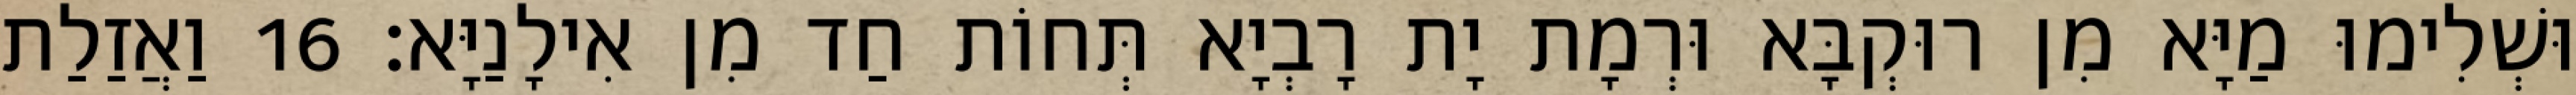
וּשְׁלִימוּ מַיָּא מִן רוּקְבָּא וּרְמָת יָת רָבְיָא תְּחוֹת חַד מִן אִילָנַיָּא׃ 16 וַאֲזַלַת